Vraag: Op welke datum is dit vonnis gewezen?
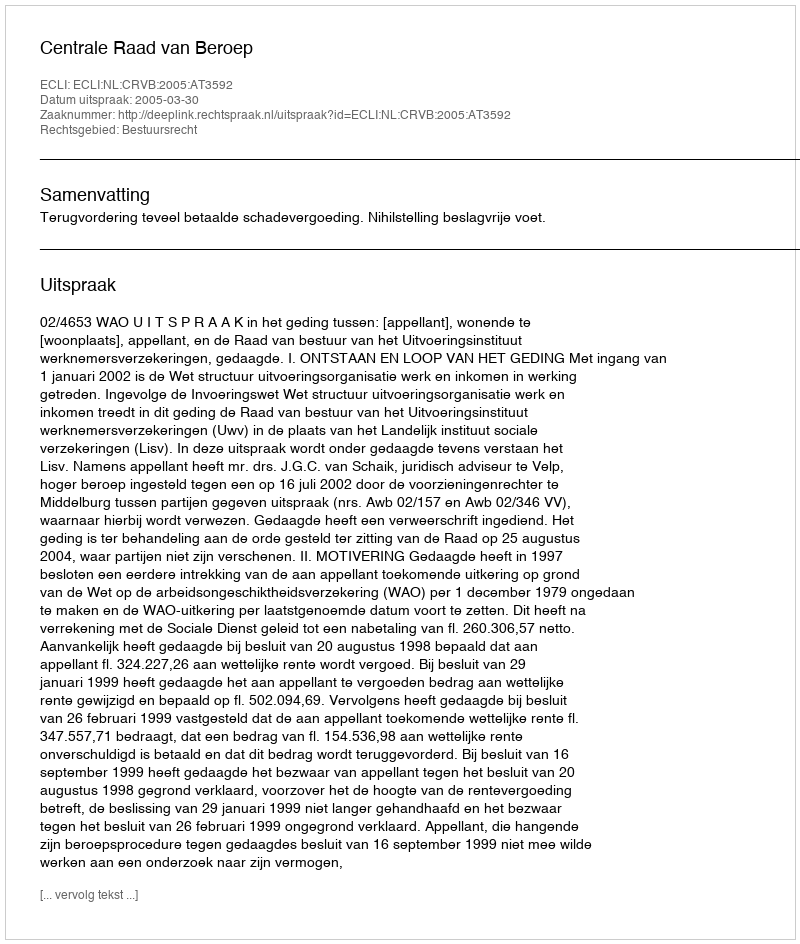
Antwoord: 2005-03-30